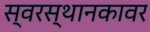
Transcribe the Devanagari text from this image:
स्वरस्थानकावर